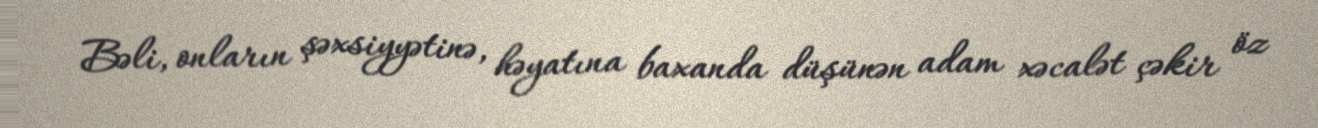
Bəli, onların şəxsiyyətinə, həyatına baxanda düşünən adam xəcalət çəkir öz